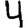
Digit: 4